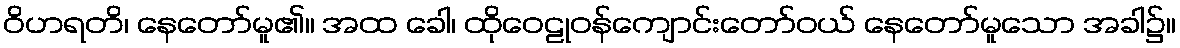
ဝိဟရတိ၊ နေတော်မူ၏။ အထ ခေါ၊ ထိုဝေဠုဝန်ကျောင်းတော်ဝယ် နေတော်မူသော အခါ၌။